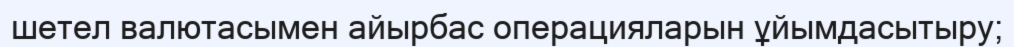
шетел валютасымен айырбас операцияларын ұйымдасытыру;